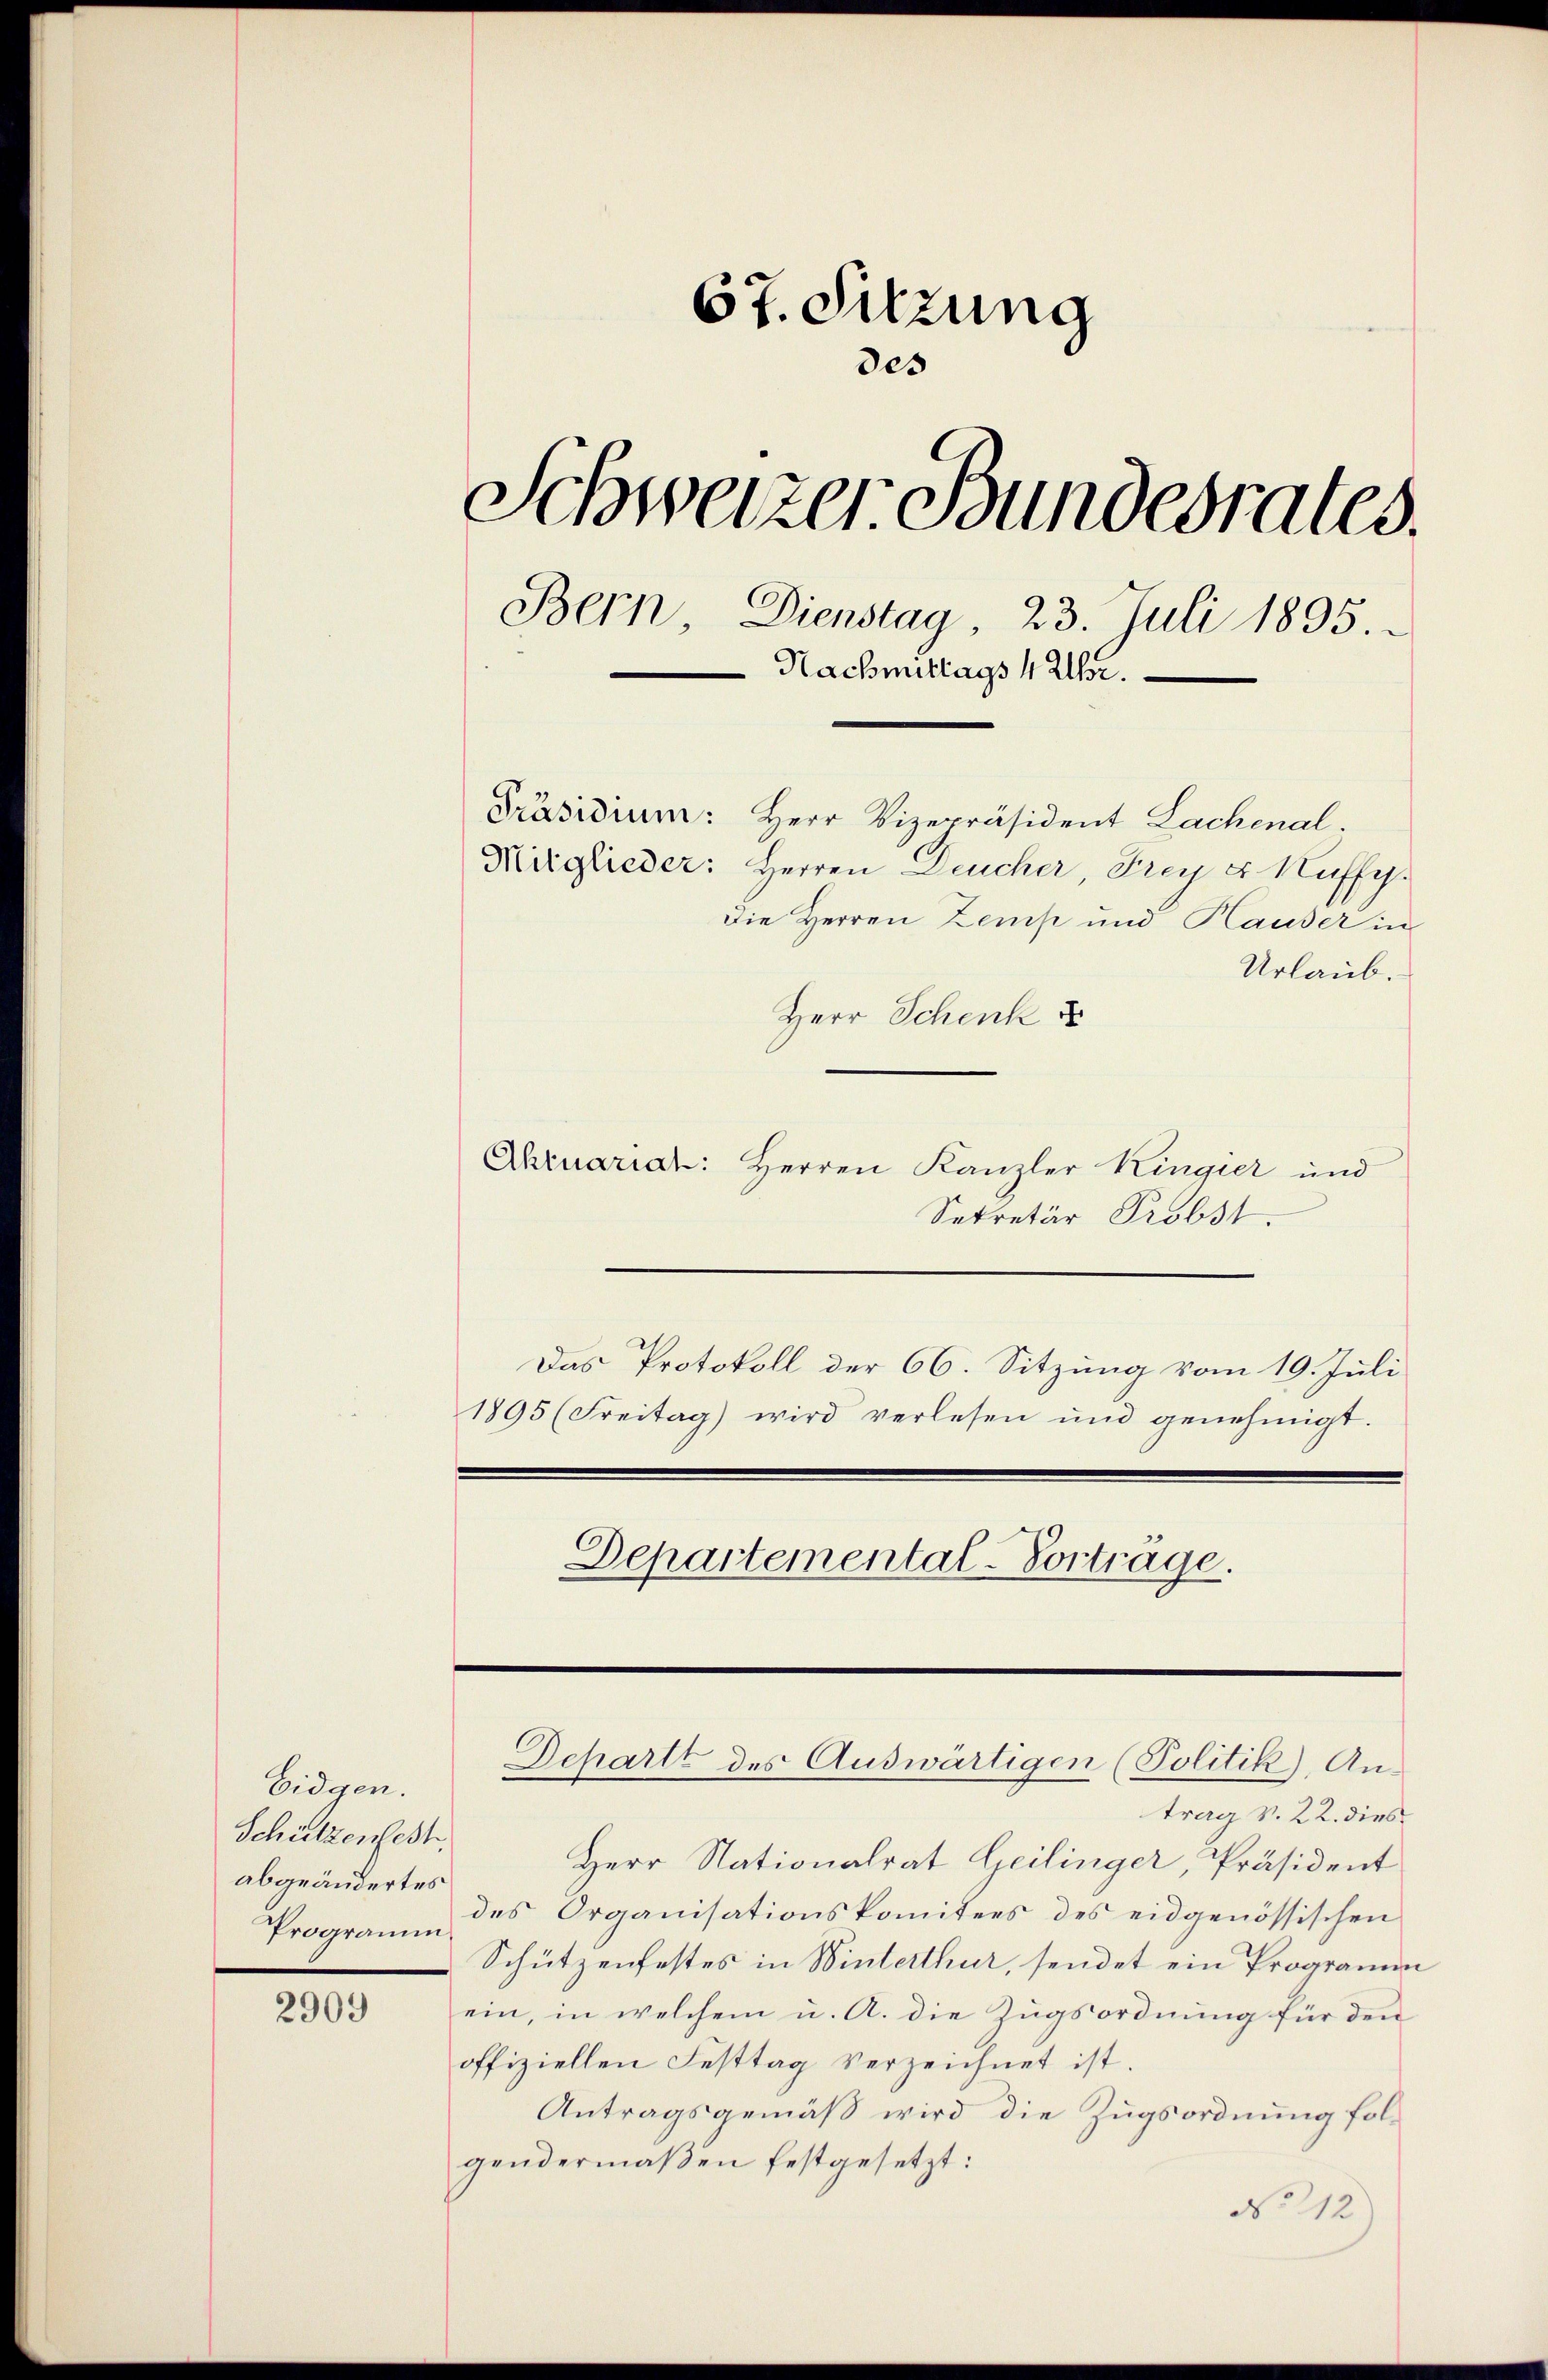
Eidgen.
Schützenfest
abgeändertes
Programm

2909

67. Sitzung
des
Schweizer Bundesrates.
Bern, Dienstag 23. Juli 1895.
Nachmittags 4 Uhr.
Präsidium: Herr Vizepräsident Lachenal
Mitglieder: Herren Deucher, Frey u. Kuffy.
Die Herren Zemp und Hauser in
Urlaub.
Herr Schenk

Ahruariat: Herren Kanzler Kingier und
Sekretär Probst.
Das Protokoll der 66. Sitzung vom 19. Juli
1895 (Freitag) wird verlesen und genehmigt.

Departemental-Vortrage.

Dchartt des Auswärtigen (Politik), An¬

trag v. 22. dies
Herr Nationalrat Geilinger, Präsident
des Organisationskomitees des eidgenössischen
Schützenfestes in Winterthur, sendet ein Programm
ein, in welchem u. A. die Zugsordnung für den
offiziellen Festtag verzeichnet ist.
Antragsgemäß wird die Zugsordnung folgendermaßen festgesetzt:
No 12